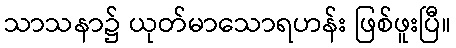
သာသနာ၌ ယုတ်မာသောရဟန်း ဖြစ်ဖူးပြီ။